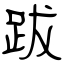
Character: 跋